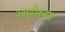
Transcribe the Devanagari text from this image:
आखीवपणा